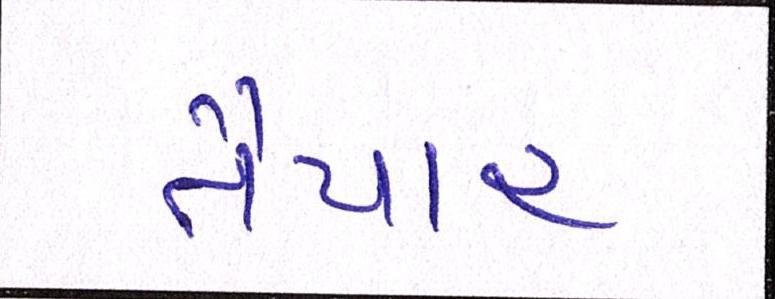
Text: તૈયાર